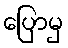
ပြောမှ